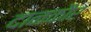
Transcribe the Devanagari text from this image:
दानकौर